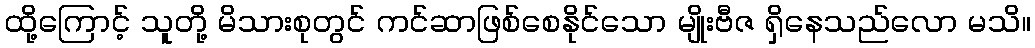
ထို့ကြောင့် သူတို့ မိသားစုတွင် ကင်ဆာဖြစ်စေနိုင်သော မျိုးဗီဇ ရှိနေသည်လော မသိ။